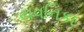
યવનિકા